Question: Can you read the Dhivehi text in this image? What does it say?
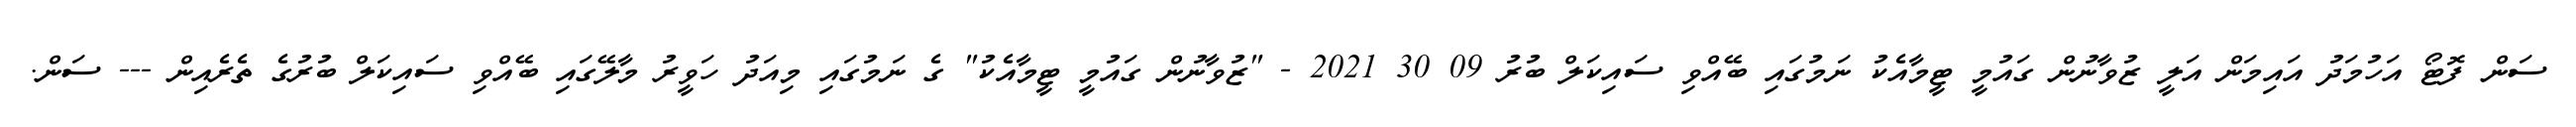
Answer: ސަން ފޮޓޯ އަހުމަދު އައިމަން އަލީ ޒުވާނުން ގައުމީ ޓީމާއެކު ނަމުގައި ބޭއްވި ސައިކަލް ބުރު 09 30 2021 - "ޒުވާނުން ގައުމީ ޓީމާއެކު" ގެ ނަމުގައި މިއަދު ހަވީރު މާލޭގައި ބޭއްވި ސައިކަލް ބުރުގެ ތެރެއިން --- ސަން.